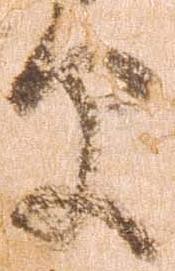
早